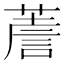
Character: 𦸻